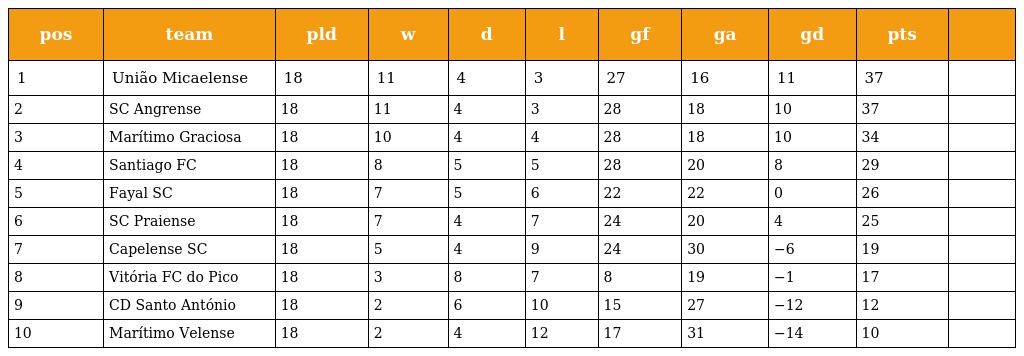
| pos | team | pld | w | d | l | gf | ga | gd | pts |  |
 | --- | --- | --- | --- | --- | --- | --- | --- | --- | --- | --- |
 | 1 | União Micaelense | 18 | 11 | 4 | 3 | 27 | 16 | 11 | 37 |  |
 | 2 | SC Angrense | 18 | 11 | 4 | 3 | 28 | 18 | 10 | 37 |  |
 | 3 | Marítimo Graciosa | 18 | 10 | 4 | 4 | 28 | 18 | 10 | 34 |  |
 | 4 | Santiago FC | 18 | 8 | 5 | 5 | 28 | 20 | 8 | 29 |  |
 | 5 | Fayal SC | 18 | 7 | 5 | 6 | 22 | 22 | 0 | 26 |  |
 | 6 | SC Praiense | 18 | 7 | 4 | 7 | 24 | 20 | 4 | 25 |  |
 | 7 | Capelense SC | 18 | 5 | 4 | 9 | 24 | 30 | −6 | 19 |  |
 | 8 | Vitória FC do Pico | 18 | 3 | 8 | 7 | 8 | 19 | −1 | 17 |  |
 | 9 | CD Santo António | 18 | 2 | 6 | 10 | 15 | 27 | −12 | 12 |  |
 | 10 | Marítimo Velense | 18 | 2 | 4 | 12 | 17 | 31 | −14 | 10 |  |